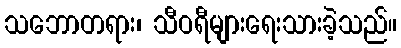
သဘောတရား၊ သီဝရီများရေးသားခဲ့သည်။